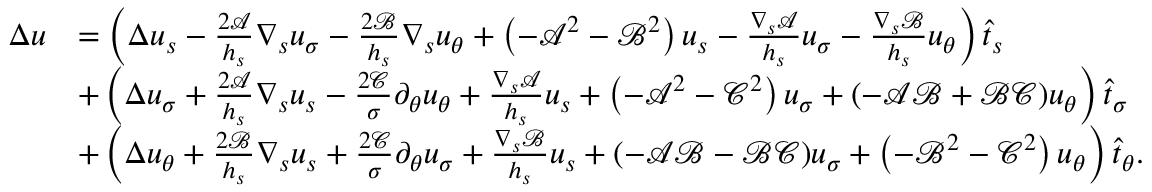
\begin{array} { r l } { \Delta u } & { = \left( \Delta u _ { s } - \frac { 2 \mathcal { A } } { h _ { s } } \nabla _ { s } u _ { \sigma } - \frac { 2 \mathcal { B } } { h _ { s } } \nabla _ { s } u _ { \theta } + \left( - \mathcal { A } ^ { 2 } - \mathcal { B } ^ { 2 } \right) u _ { s } - \frac { \nabla _ { s } \mathcal { A } } { h _ { s } } u _ { \sigma } - \frac { \nabla _ { s } \mathcal { B } } { h _ { s } } u _ { \theta } \right) \widehat { t } _ { s } } \\ & { + \left( \Delta u _ { \sigma } + \frac { 2 \mathcal { A } } { h _ { s } } \nabla _ { s } u _ { s } - \frac { 2 \mathcal { C } } { \sigma } \partial _ { \theta } u _ { \theta } + \frac { \nabla _ { s } \mathcal { A } } { h _ { s } } u _ { s } + \left( - \mathcal { A } ^ { 2 } - \mathcal { C } ^ { 2 } \right) u _ { \sigma } + ( - \mathcal { A } \mathcal { B } + \mathcal { B } \mathcal { C } ) u _ { \theta } \right) \widehat { t } _ { \sigma } } \\ & { + \left( \Delta u _ { \theta } + \frac { 2 \mathcal { B } } { h _ { s } } \nabla _ { s } u _ { s } + \frac { 2 \mathcal { C } } { \sigma } \partial _ { \theta } u _ { \sigma } + \frac { \nabla _ { s } \mathcal { B } } { h _ { s } } u _ { s } + ( - \mathcal { A } \mathcal { B } - \mathcal { B } \mathcal { C } ) u _ { \sigma } + \left( - \mathcal { B } ^ { 2 } - \mathcal { C } ^ { 2 } \right) u _ { \theta } \right) \widehat { t } _ { \theta } . } \end{array}